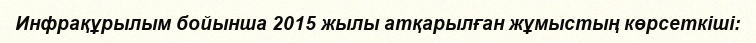
Инфрақұрылым бойынша 2015 жылы атқарылған жұмыстың көрсеткіші: